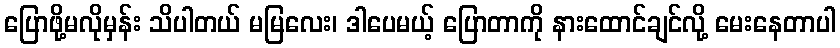
ပြောဖို့မလိုမှန်း သိပါတယ် မမြလေး၊ ဒါပေမယ့် ပြောတာကို နားထောင်ချင်လို့ မေးနေတာပါ